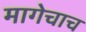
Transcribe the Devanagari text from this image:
मागेचाच